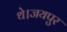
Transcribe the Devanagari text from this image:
थे।जयपुर